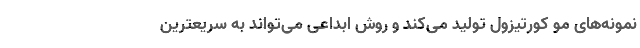
نمونه‌های مو کورتیزول تولید می‌کند و روش ابداعی می‌تواند به سریعترین